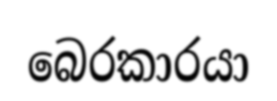
බෙරකාරයා